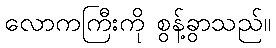
လောကကြီးကို စွန့်ခွာသည်။